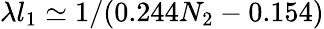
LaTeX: \lambda l_{1}\simeq 1/(0.244N_{2}-0.154)